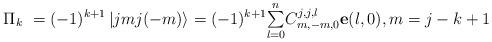
LaTeX: \begin{align*}\Pi_{k}\ =(-1)^{k+1}\left\vert jmj(-m)\right\rangle =(-1)^{k+1}{\textstyle\sum\limits_{l=0}^{n}}C_{m,-m,0}^{j,j,l}\mathbf{e}(l,0),m=j-k+1\end{align*}